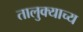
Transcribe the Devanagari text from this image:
तालुक्याच्य